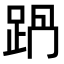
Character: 𨀩